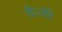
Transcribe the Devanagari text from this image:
यैन्की